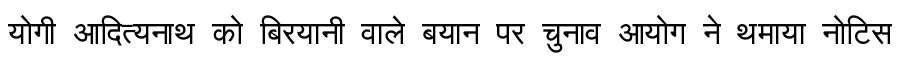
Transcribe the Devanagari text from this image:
योगी आदित्यनाथ को बिरयानी वाले बयान पर चुनाव आयोग ने थमाया नोटिस